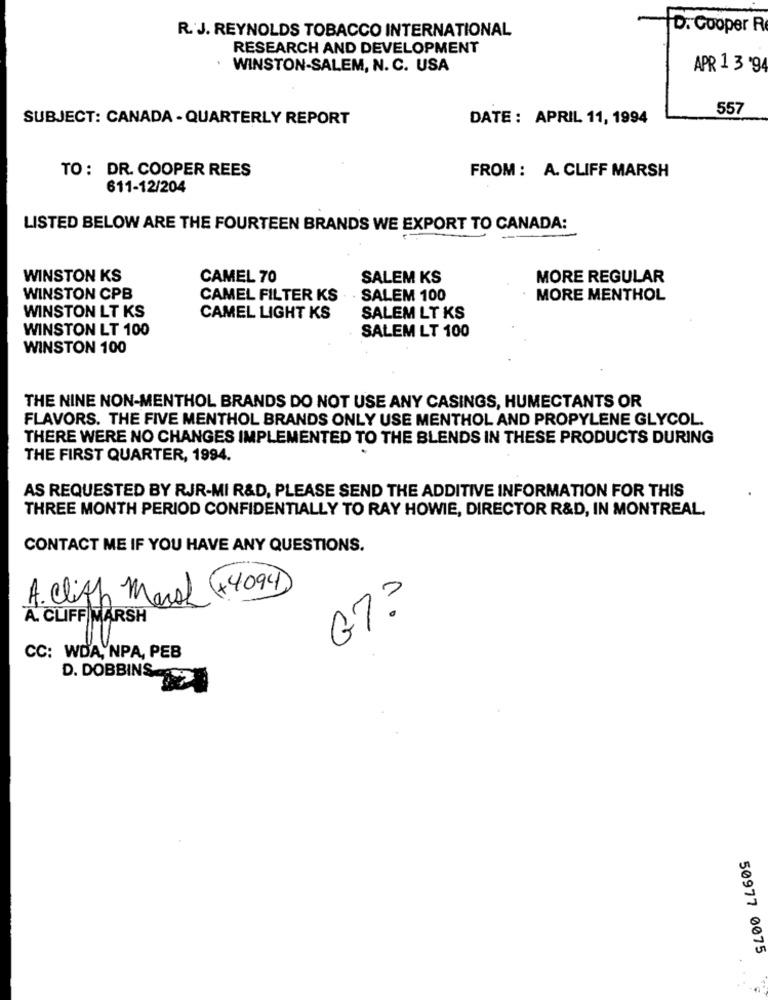
R. J. REYNOLDS TOBACCO INTERNATIONAL
D. Cooper R
RESEARCH AND DEVELOPMENT
WINSTON-SALEM, N. C. USA
APR 1 3 '94
557
SUBJECT: CANADA - QUARTERLY REPORT
DATE: APRIL 11, 1994
TO : DR. COOPER REES
FROM : A. CLIFF MARSH
611-12/204
LISTED BELOW ARE THE FOURTEEN BRANDS WE EXPORT TO CANADA:
WINSTON KS
CAMEL 70
SALEM KS
MORE REGULAR
WINSTON CPB
CAMEL FILTER KS
· SALEM 100
MORE MENTHOL
WINSTON LT KS
CAMEL LIGHT KS
SALEM LT KS
WINSTON LT 100
SALEM LT 100
WINSTON 100
THE NINE NON-MENTHOL BRANDS DO NOT USE ANY CASINGS, HUMECTANTS OR
FLAVORS. THE FIVE MENTHOL BRANDS ONLY USE MENTHOL AND PROPYLENE GLYCOL.
THERE WERE NO CHANGES IMPLEMENTED TO THE BLENDS IN THESE PRODUCTS DURING
THE FIRST QUARTER, 1994.
AS REQUESTED BY RJR-MI R&D, PLEASE SEND THE ADDITIVE INFORMATION FOR THIS
THREE MONTH PERIOD CONFIDENTIALLY TO RAY HOWIE, DIRECTOR R&D, IN MONTREAL.
CONTACT ME IF YOU HAVE ANY QUESTIONS.
A. Clith March (+4094)
67 .?
A. CLIFF MARSH
CC: WDA, NPA, PEB
D. DOBBINS
50977 0075